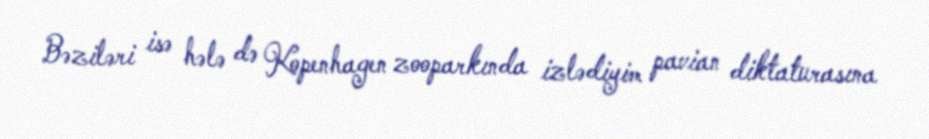
Bəziləri isə hələ də Kopenhagen zooparkında izlədiyim pavian diktaturasına